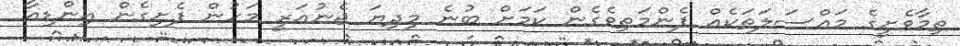
ތިމާވެށީގެ މައްސަލަތަކެއް ފެންމަތިވެގެން ކަމަށް ބުނެ މިދިޔަ ޖެނުއަރީ މަހުން ފެށިގެން އިންޑިއާ